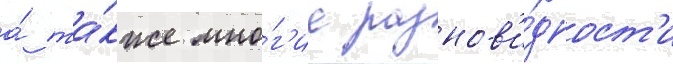
а́ та́кже мно́г'ие разнов'и́дност'и